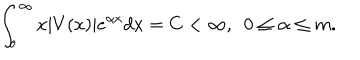
\int _ { o } ^ { \infty } x | V ( x ) | e ^ { \alpha x } d x = C < \infty , ~ ~ 0 \leq \alpha \leq m .